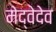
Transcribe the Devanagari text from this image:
मेद्वेदेव